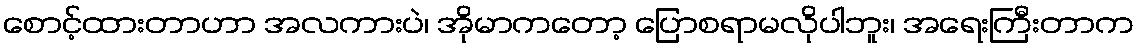
စောင့်ထားတာဟာ အလကားပဲ၊ အိုမာကတော့ ပြောစရာမလိုပါဘူး၊ အရေးကြီးတာက